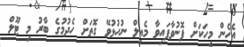
އެހެން މީހަކަށް ފޮނުވާފައިވާ މެއިލް ނުހުޅުވޭ ގޮތަށް ހެދުމުގެ ބާރު މި ޓޫލް